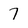
Character: 7